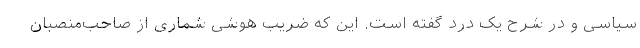
سیاسی و در شرح یک درد گفته است. این که ضریب هوشی شماری از صاحب‌منصبان